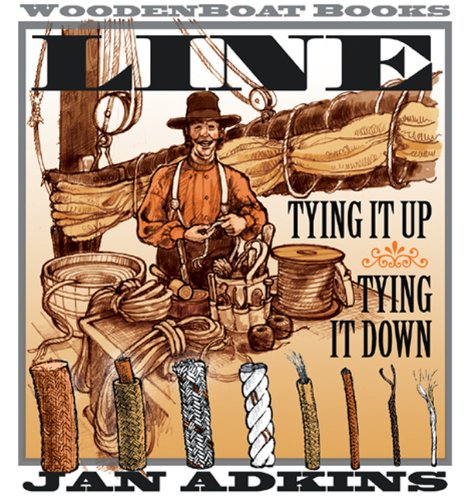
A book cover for Line: Tying It Up, Tying It Down; Jan Adkins; Children's Books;